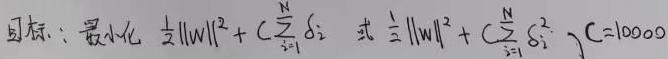
目标：最小化 $\frac{1}{2}\|w\|^2 + C\sum_{i = 1}^{N}\xi_i$ 式 $\frac{1}{2}\|w\|^2 + C\sum_{i = 1}^{N}\xi_i^2$ ，$C = 10000$